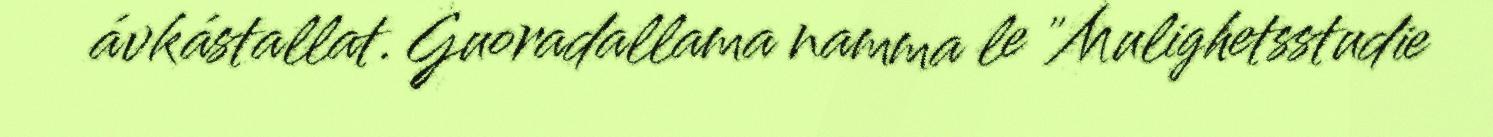
ávkástallat. Guoradallama namma le "Mulighetsstudie